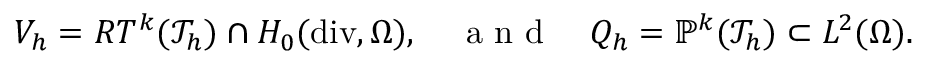
\begin{array} { r } { V _ { h } = R T ^ { k } ( \mathcal { T } _ { h } ) \cap H _ { 0 } ( \mathrm { d i v } , \Omega ) , \quad \textrm { a n d } \quad Q _ { h } = \mathbb { P } ^ { k } ( \mathcal { T } _ { h } ) \subset L ^ { 2 } ( \Omega ) . } \end{array}